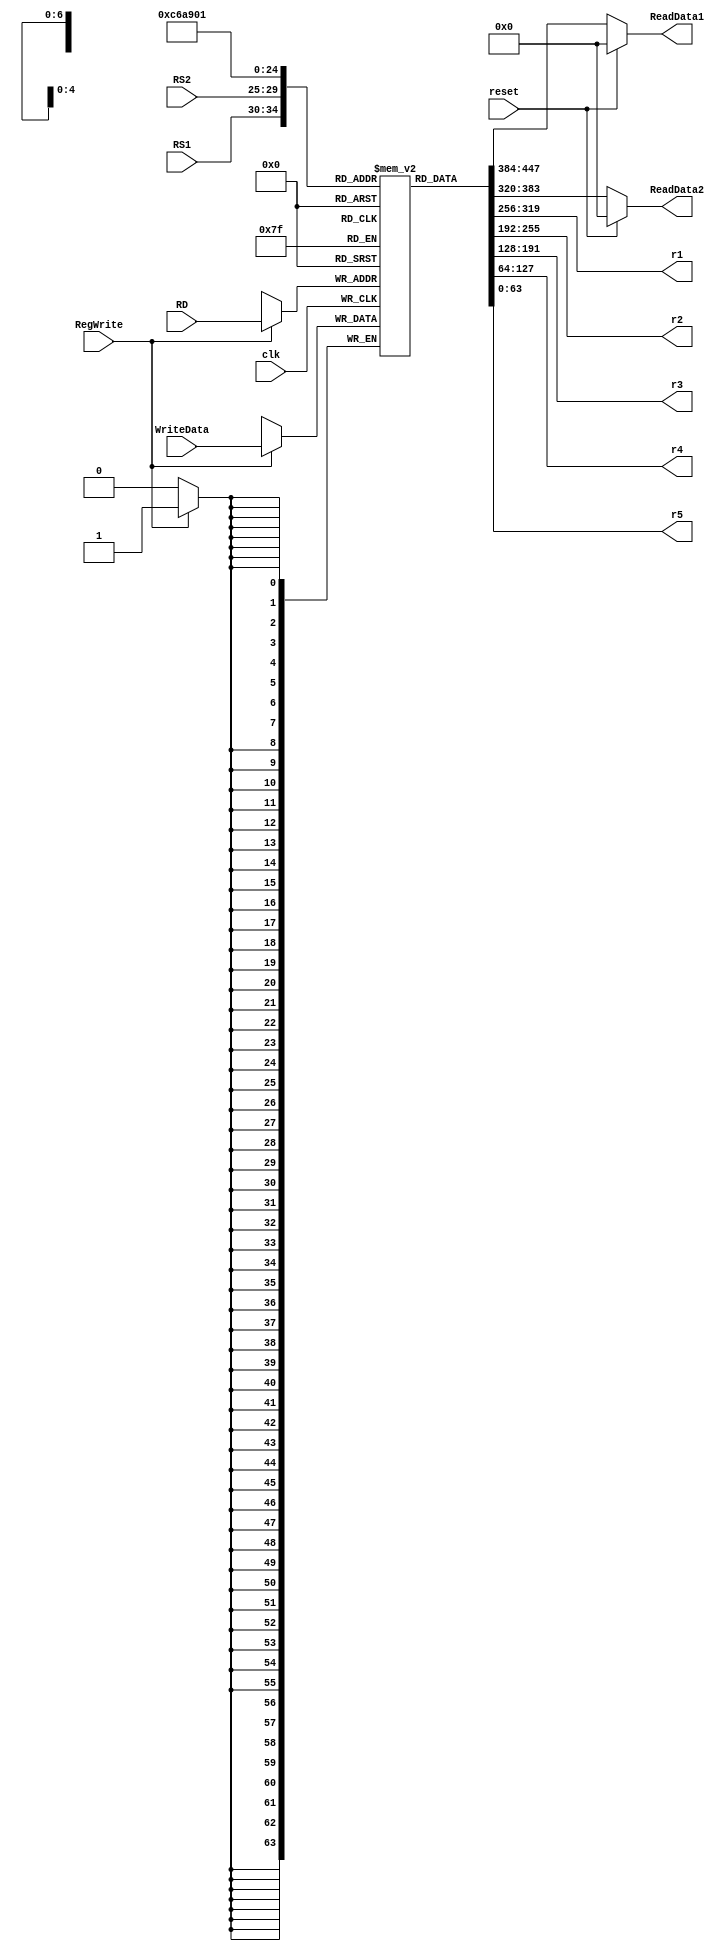
`timescale 1ns / 1ps
//////////////////////////////////////////////////////////////////////////////////
// Company: 
// Engineer: 
// 
// Design Name: 
// Module Name: registerfile
// Project Name: 
// Target Devices: 
// Tool Versions: 
// Description: 
// 
// Dependencies: 
// 
// Revision:
// Revision 0.01 - File Created
// Additional Comments:
// 
//////////////////////////////////////////////////////////////////////////////////


module registerFile
(
    input clk, reset, RegWrite,
    input [63:0] WriteData,
    input [4:0] RS1, RS2, RD,
    output reg [63:0] ReadData1, ReadData2,
    output [63:0] r1,
    output [63:0] r2,
    output [63:0] r3,
    output [63:0] r4,
    output [63:0] r5
);

reg [63:0] Registers [31:0];
integer i;

initial
begin
    for (i = 0; i < 32; i = i + 1)
            Registers[i] = 64'd0;
    Registers[12] = 64'd1;
    Registers[13] = 64'd2;
end


always @(negedge clk ) begin // doing regwrite on the negative clock edge
    
    if (RegWrite) begin
        Registers[RD] = WriteData;
    end
end

always@(*) begin
    ReadData1 = reset ? 0 : Registers[RS1];
    ReadData2 = reset ? 0 : Registers[RS2];
end

  assign r1 = Registers[12];
  assign r2 = Registers[13];
  assign r3 = Registers[10];
  assign r4 = Registers[8];
  assign r5 = Registers[1];

endmodule